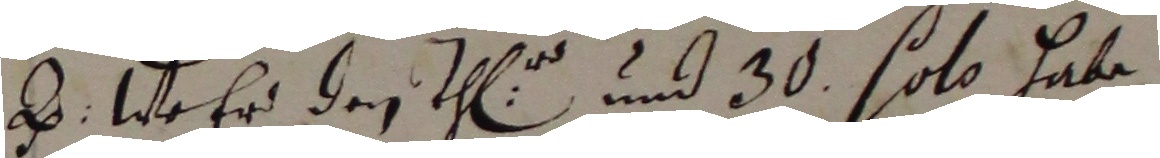
2. wer des thl und 30 solo habe.